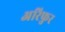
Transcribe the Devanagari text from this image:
अरिफुर